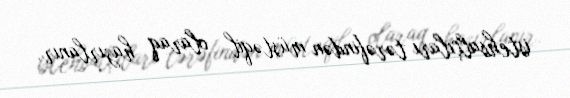
istehsalçıları tərəfindən müstəqil olaraq hazırlanır.